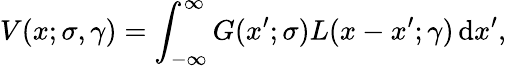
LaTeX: V(x;\sigma,\gamma)=\int_{-\infty}^{\infty}G(x^{\prime};\sigma)L(x-x^{\prime};\gamma)\, \mathrm{d}x^{\prime},